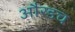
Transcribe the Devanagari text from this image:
औरडच